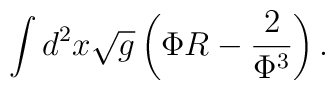
\int d^{2}x\sqrt{g}\left( \Phi R-\frac{2}{\Phi ^{3}}\right) .